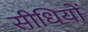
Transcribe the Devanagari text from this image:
सीधियों